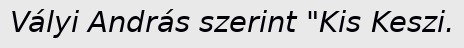
Vályi András szerint "Kis Keszi.